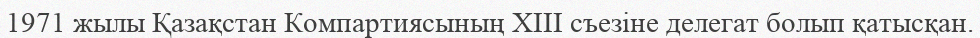
1971 жылы Қазақстан Компартиясының ХІІІ съезіне делегат болып қатысқан.